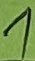
Text: 1